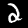
Label: 2